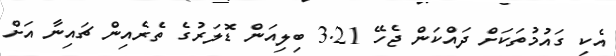
އެކި ގައުމުތަކަށް ދައްކަން ޖެހޭ 3.21 ބިލިއަން ޑޮލަރުގެ ތެރެއިން ޗައިނާ އަށް